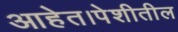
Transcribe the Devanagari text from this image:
आहेत।पेशीतील